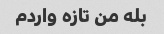
بله من تازه واردم